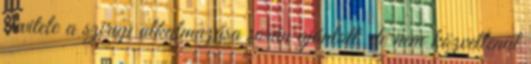
bevitele a szirup alkalmazása során ajánlott, de nem közvetlenül